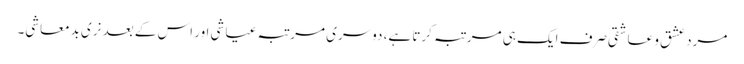
مرد عشق و عاشقی صرف ایک ہی مرتبہ کرتا ہے، دوسری مرتبہ عیاشی اور اس کے بعد نری بدمعاشی۔